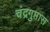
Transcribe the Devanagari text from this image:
चंद्रगुप्तास